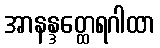
အာနန္ဒတ္ထေရဂါထာ